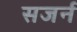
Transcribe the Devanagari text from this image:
सजर्न